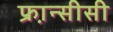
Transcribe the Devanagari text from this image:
फ्रा़न्सीसी